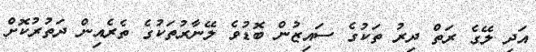
އަދި ލޭގެ ރަތް ދިރު ތަކުގެ ސައިޒުން ބޮޑުވެ ލޭނާރުތަކުގެ ތެރެއިން ދަތުރުކޮށް